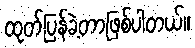
ထုတ်ပြန်ခဲ့တာဖြစ်ပါတယ်။